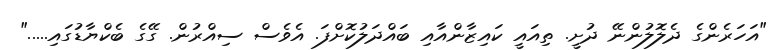
"އަހަރެންގެ ދެލޮލުންނޭ ދުށީ. ތިއައީ ކައިޒާންއާއި ބައްދަލުކޮށްފަ. އެވެސް ސިއްރުން. ގޭގެ ބެކްޔާޑުގައި....."